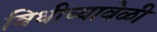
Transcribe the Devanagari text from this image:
विधीच्यावेळी